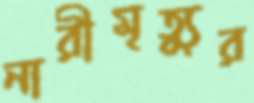
নারীমৃত্যুর